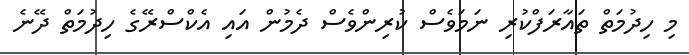
މި ހިދުމަތް ތައާރަފްކުރި ނަމަވެސް ކުރިންވެސް ދެމުން އައި އެކްސްރޭގެ ހިދުމަތް ދޭނެ